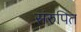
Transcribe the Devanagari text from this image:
संरुपित